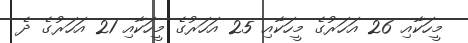
މީހަކާއި 26 އަހަރުގެ މީހަކާއި 25 އަހަރުގެ މީހަކާއި 21 އަހަރުގެ ދެ